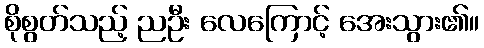
စိုစွတ်သည့် ညဦး လေကြောင့် အေးသွား၏။